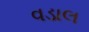
વડાલ